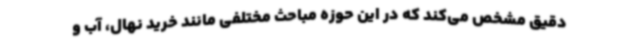
دقیق مشخص می‌کند که در این حوزه مباحث مختلفی مانند خرید نهال، آب و